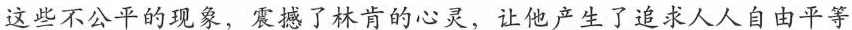
这些不公平的现象，震撼了林肯的心灵，让他产生了追求人人自由平等